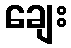
ချေး